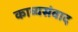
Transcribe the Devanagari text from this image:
काव्यसंवाद